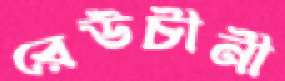
রেউচীনী